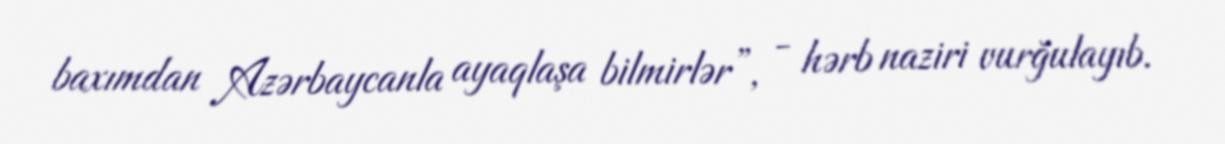
baxımdan Azərbaycanla ayaqlaşa bilmirlər”, - hərb naziri vurğulayıb.